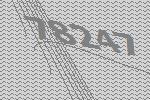
78247